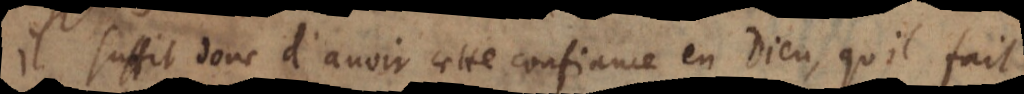
Il suffit donc d’avoir cette confiance en Dieu, qu’il fait